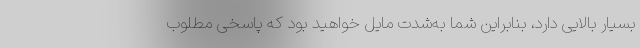
بسیار بالایی دارد، بنابراین شما به‌شدت مایل خواهید بود که پاسخی مطلوب